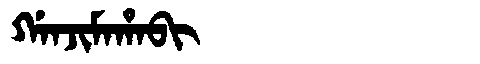
Manchu: ᡤᠠᠨᠵᡳᠮᠠᡥᠠᠪᡳ
Romanization: GANJIMAHABI